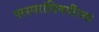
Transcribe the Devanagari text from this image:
परस्परांविषयींच्या